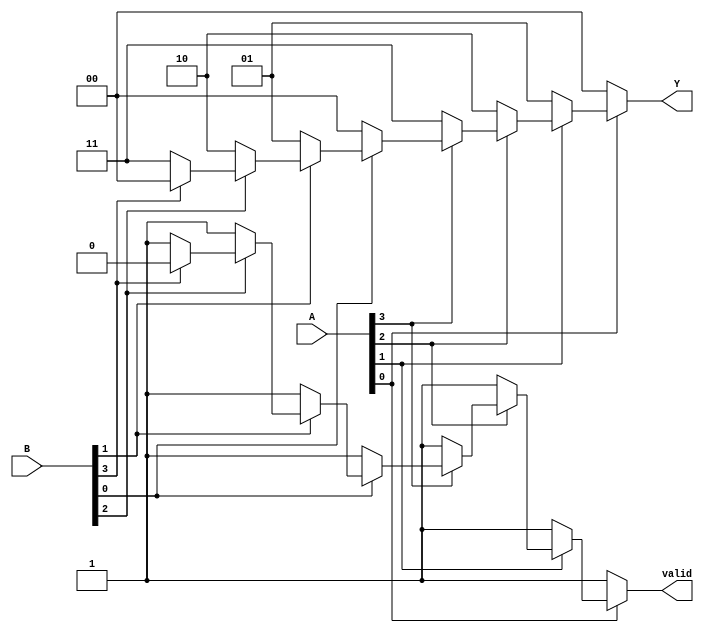
module dual_priority_encoder (
    input wire [3:0] A,      // Active low inputs for set A
    input wire [3:0] B,      // Active low inputs for set B
    output reg [1:0] Y,      // 2-bit output for encoded index
    output reg valid          // Active indicator
);

    always @(*) begin
        // Default output values
        Y = 2'b00; // Default output
        valid = 1'b0; // Default valid output

        // Check inputs from set A (higher priority)
        if (~A[0]) begin
            Y = 2'b00; // Index 0
            valid = 1'b1;
        end else if (~A[1]) begin
            Y = 2'b01; // Index 1
            valid = 1'b1;
        end else if (~A[2]) begin
            Y = 2'b10; // Index 2
            valid = 1'b1;
        end else if (~A[3]) begin
            Y = 2'b11; // Index 3
            valid = 1'b1;
        end
        // If no active inputs in A, check inputs from set B
        else if (~B[0]) begin
            Y = 2'b00; // Index 0
            valid = 1'b1;
        end else if (~B[1]) begin
            Y = 2'b01; // Index 1
            valid = 1'b1;
        end else if (~B[2]) begin
            Y = 2'b10; // Index 2
            valid = 1'b1;
        end else if (~B[3]) begin
            Y = 2'b11; // Index 3
            valid = 1'b1;
        end
        // If no inputs are active, valid remains low and Y stays default (00)
    end

endmodule